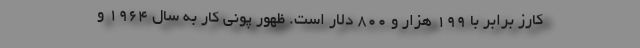
کارز برابر با 199 هزار و 800 دلار است. ظهور پونی کار به سال 1964 و